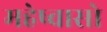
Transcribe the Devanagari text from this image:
महेष्वासो